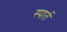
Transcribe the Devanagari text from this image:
स्पार्त